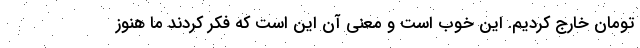
تومان خارج کردیم. این خوب است و معنی آن این است که فکر کردند ما هنوز